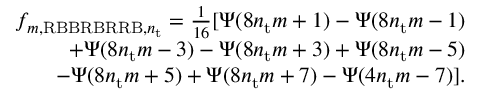
\begin{array} { r } { f _ { m , \mathrm { R B B R B R R B } , n _ { \mathrm { t } } } = \frac { 1 } { 1 6 } [ \Psi ( 8 n _ { \mathrm { t } } m + 1 ) - \Psi ( 8 n _ { \mathrm { t } } m - 1 ) } \\ { \quad \quad + \Psi ( 8 n _ { \mathrm { t } } m - 3 ) - \Psi ( 8 n _ { \mathrm { t } } m + 3 ) + \Psi ( 8 n _ { \mathrm { t } } m - 5 ) } \\ { \quad \quad - \Psi ( 8 n _ { \mathrm { t } } m + 5 ) + \Psi ( 8 n _ { \mathrm { t } } m + 7 ) - \Psi ( 4 n _ { \mathrm { t } } m - 7 ) ] . } \end{array}